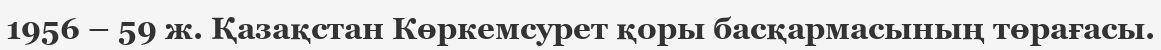
1956 – 59 ж. Қазақстан Көркемсурет қоры басқармасының төрағасы.